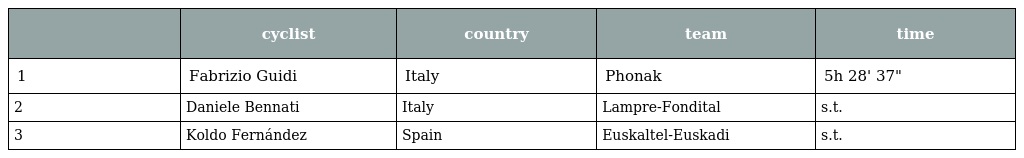
|  | cyclist | country | team | time |
 | --- | --- | --- | --- | --- |
 | 1 | Fabrizio Guidi | Italy | Phonak | 5h 28' 37" |
 | 2 | Daniele Bennati | Italy | Lampre-Fondital | s.t. |
 | 3 | Koldo Fernández | Spain | Euskaltel-Euskadi | s.t. |